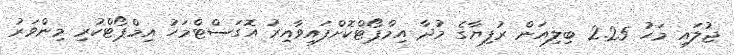
ޖުލައި މަހު 2.25 ބިލިއަން ރުފިޔާގެ މުދާ އިމްޕޯޓްކޮށްފައިވާއިރު އޮގަސްޓްމަހު އިމްޕޯޓްކުރި މިންވަރު